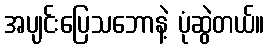
အပျင်းပြေသဘောနဲ့ ပုံဆွဲတယ်။